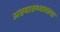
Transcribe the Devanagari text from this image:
अस्वास्थ्यावस्था